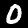
Label: 0